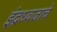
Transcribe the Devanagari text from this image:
इंद्रध्वजाचे